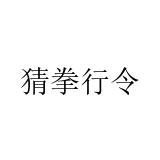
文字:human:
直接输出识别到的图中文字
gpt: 猜拳行令